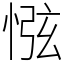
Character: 惤